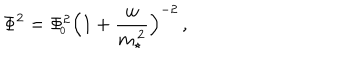
\Phi ^ { 2 } = \Phi _ { \! _ { 0 } } ^ { 2 } \Big ( 1 + { \frac { w } { m _ { \star } ^ { \, 2 } } } \Big ) ^ { - 2 } \, ,